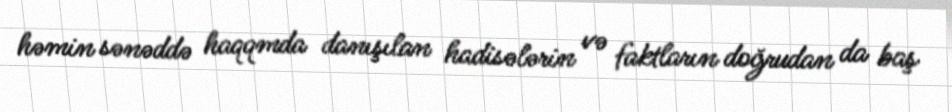
həmin sənəddə haqqmda danışılan hadisələrin və faktların doğrudan da baş